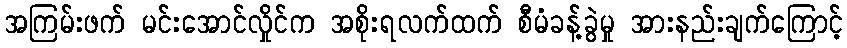
အကြမ်းဖက် မင်းအောင်လှိုင်က အစိုးရလက်ထက် စီမံခန့်ခွဲမှု အားနည်းချက်ကြောင့်